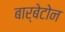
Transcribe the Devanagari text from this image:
बार्बेटोन